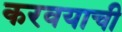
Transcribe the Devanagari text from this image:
करवयाची